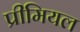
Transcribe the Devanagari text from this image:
प्रीमियल